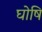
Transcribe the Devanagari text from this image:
घोषि